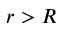
r > R